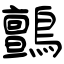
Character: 鸇